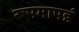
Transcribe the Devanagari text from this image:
रूपमापन्नं